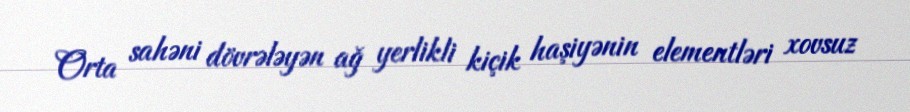
Orta sahəni dövrələyən ağ yerlikli kiçik haşiyənin elementləri xovsuz